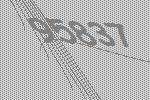
95837